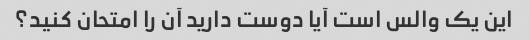
این یک والس است آیا دوست دارید آن را امتحان کنید؟